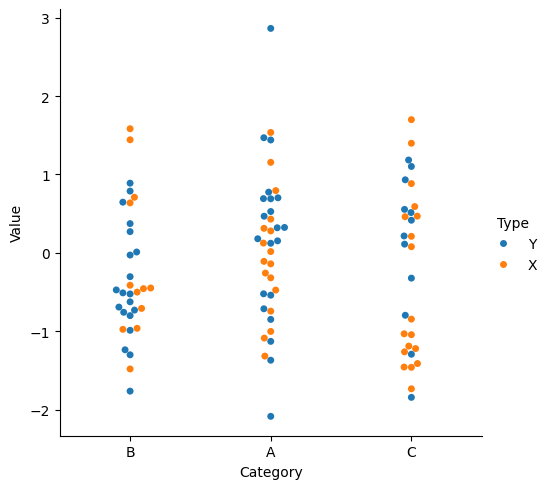
python, seaborn, catplot, kind='swarm', height=5, aspect=1